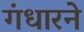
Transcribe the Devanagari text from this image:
गंधारने